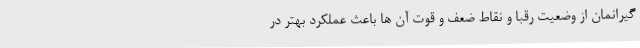
گیرانمان از وضعیت رقبا و نقاط ضعف و قوت آن ها باعث عملکرد بهتر در